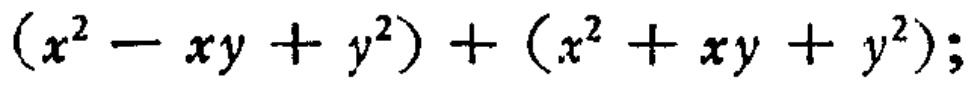
\((x^{2}-xy + y^{2})+(x^{2}+xy + y^{2});\)